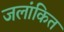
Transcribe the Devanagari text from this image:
जलांकित